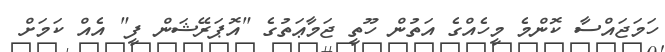
ހަމަޖައްސާ ކޮންމެ މީހެއްގެ އަތުން ހޫތީ ޖަމާޢަތުގެ "އޮޕަރޭޝަން ފީ" އެއް ކަމަށް